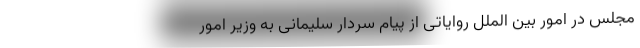
مجلس در امور بین الملل روایاتی از پیام سردار سلیمانی به وزیر امور